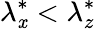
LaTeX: {\lambda}_{\mathit{x}}^{*}<{\lambda}_{z}^{*}